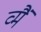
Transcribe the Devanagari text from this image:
व्मैं